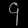
Digit: ၄